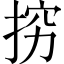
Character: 𭡅